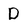
Character: D